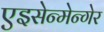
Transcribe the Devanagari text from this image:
एइसेन्मेन्गेर